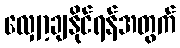
လျှော့ချနိုင်ရန်အတွက်